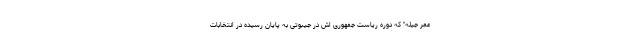
عمر جیله" که دوره ریاست جمهوری اش در جیبوتی به پایان رسیده در انتخابات